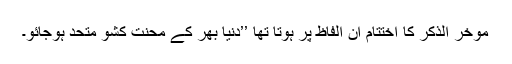
مؤخر الذکر کا اختتام ان الفاظ پر ہوتا تھا ’’دنیا بھر کے محنت کشو متحد ہوجائو۔